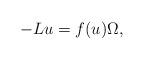
LaTeX: \begin{align*}- L u = f(u) \Omega,\end{align*}